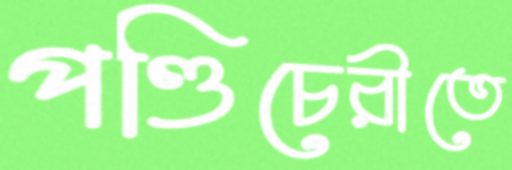
পণ্ডিচেরীতে